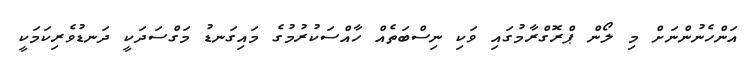
އަންހެނުންނަށް މި ލޯން ޕްރޮގްރާމުގައި ވަކި ނިސްބަތެއް ހާއްސަކުރުމުގެ މައިގަނޑު މަގްސަދަކީ ދަނޑުވެރިކަމަކީ